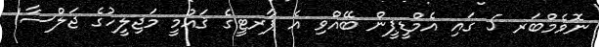
ނޮވެމްބަރ 5 ގައި އެމްޑީޕީން ބޭއްވި އެ ޕާރޓީގެ ޤައުމީ މަޖިލީހުގެ ޖަލްސާ1